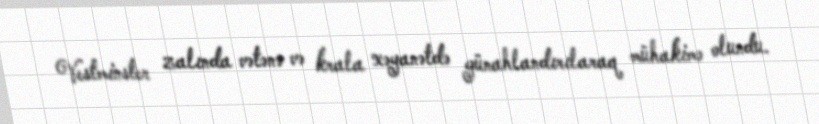
Vestminster zalında vətənə və krala xəyanətdə günahlandırılaraq mühakimə olundu.